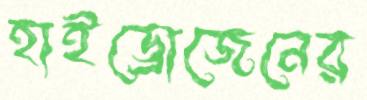
হাইড্রোজেনের